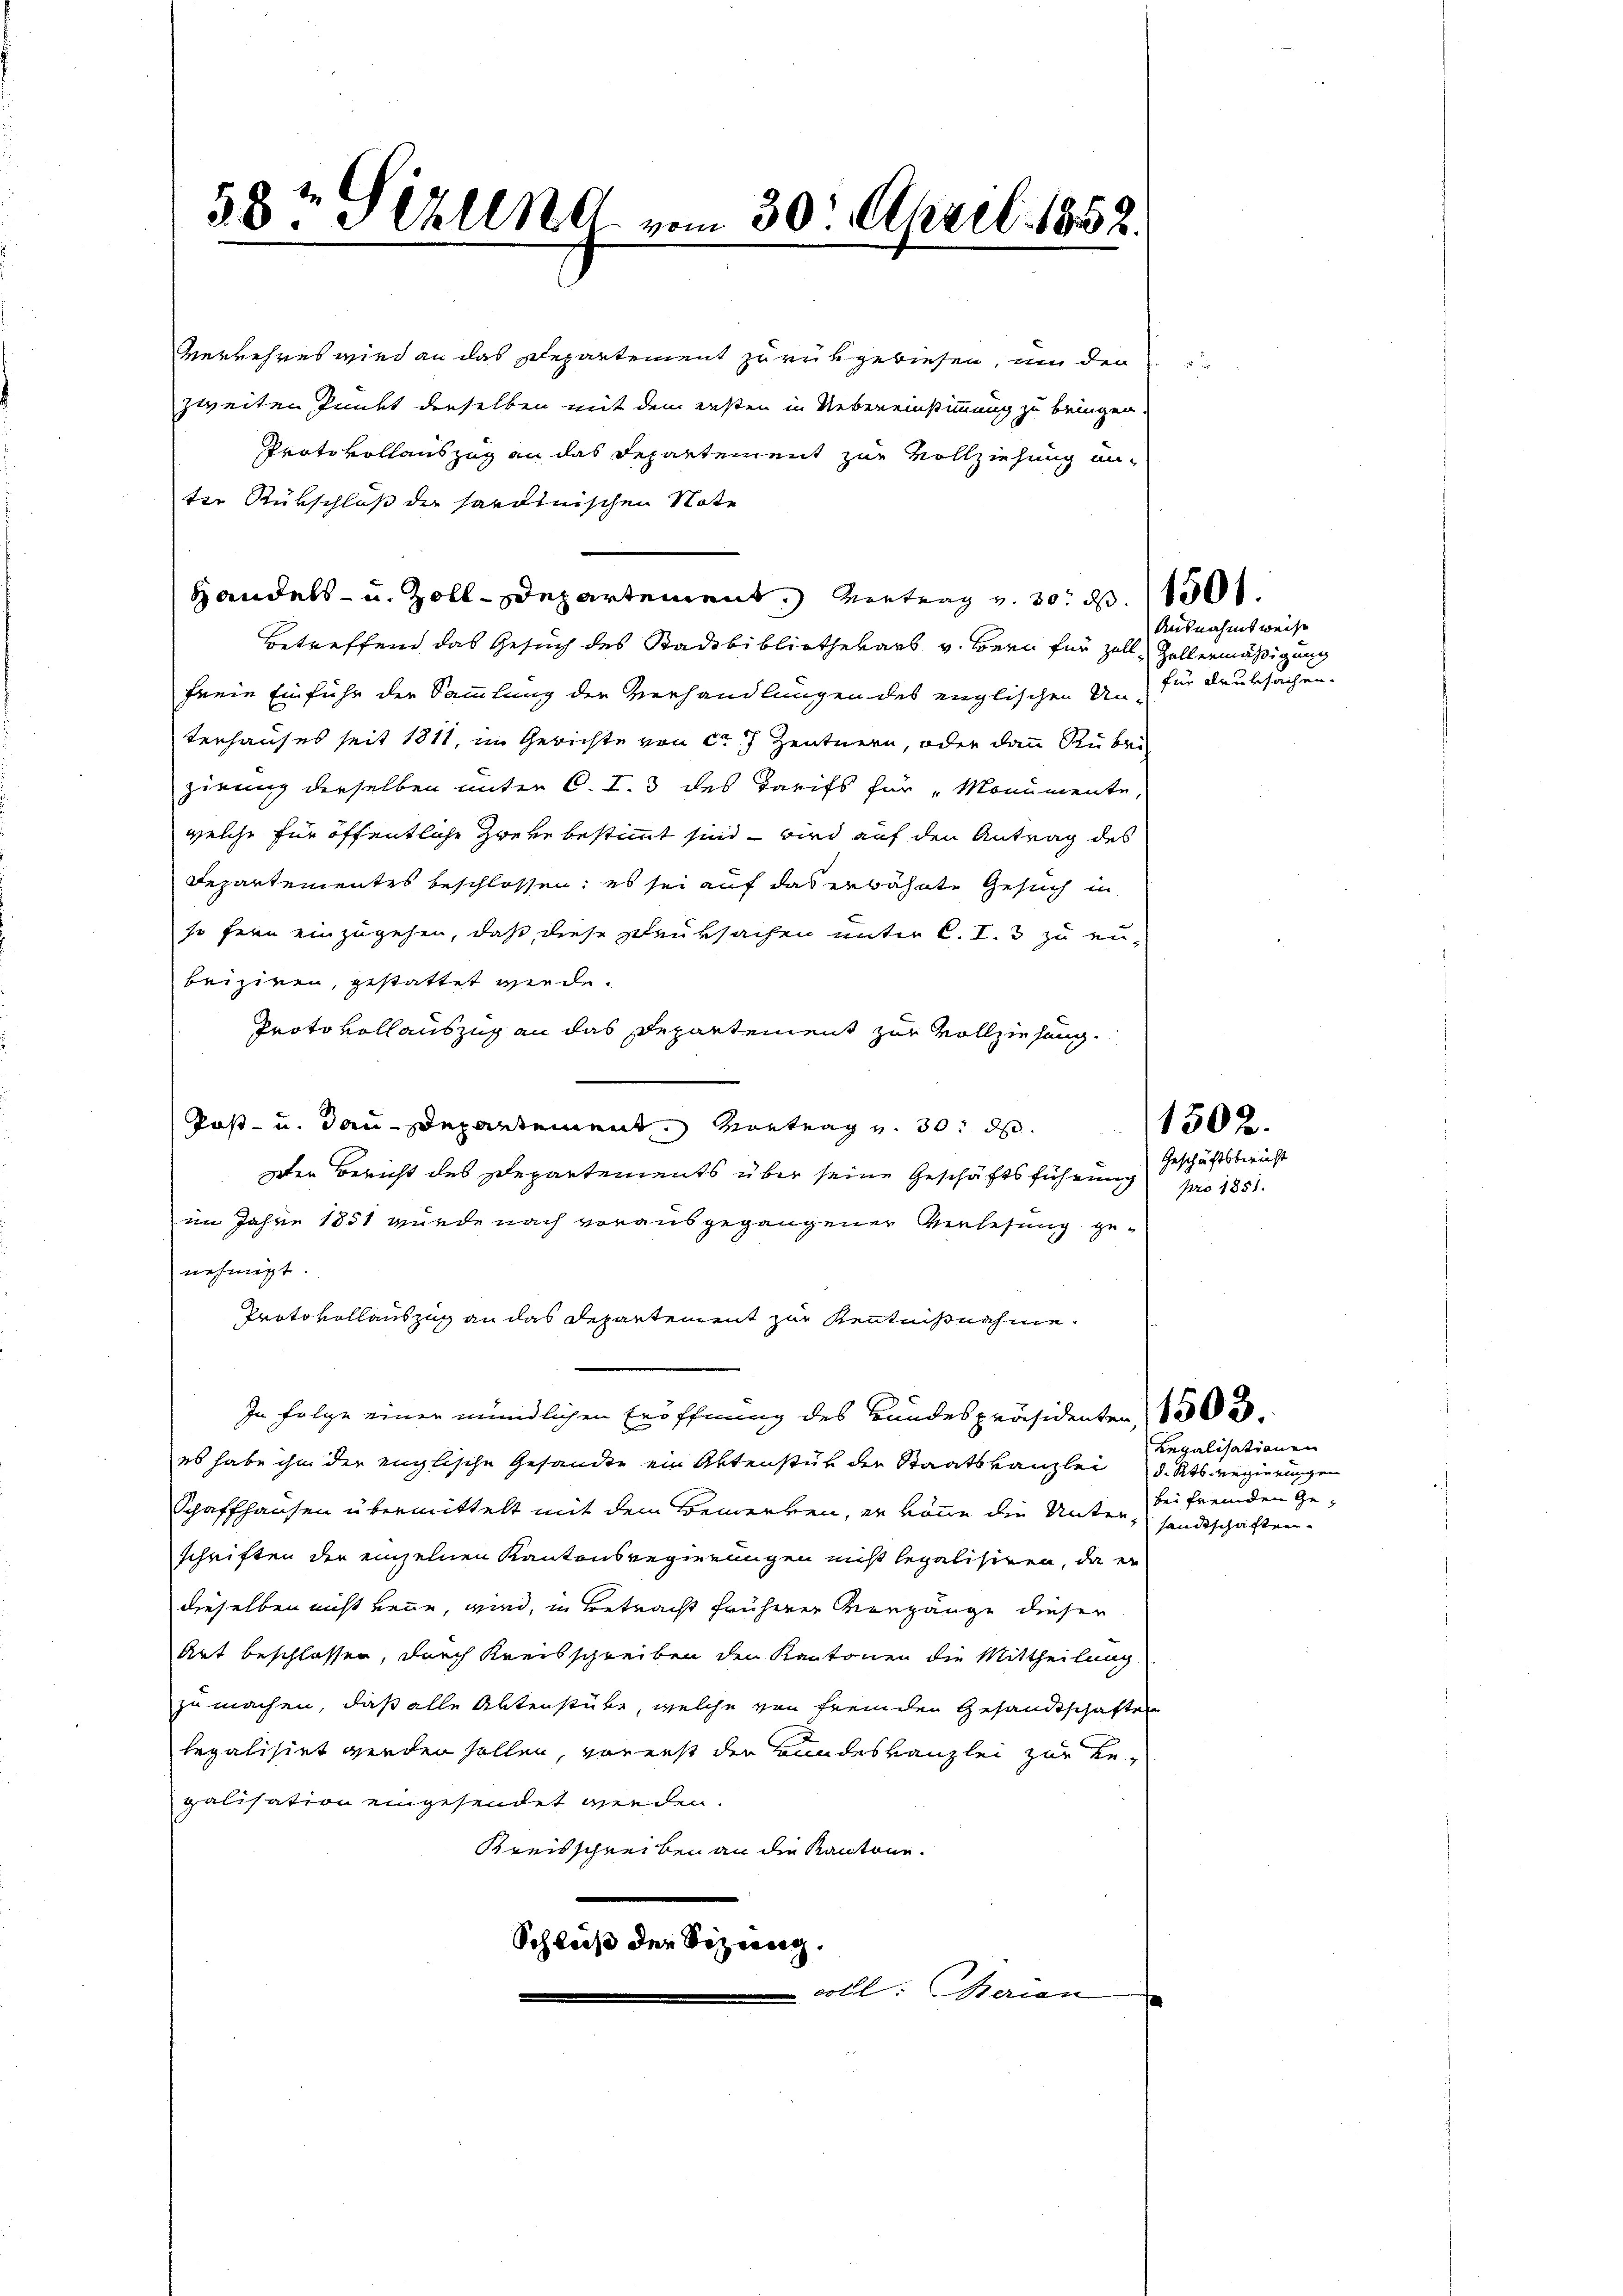
58t Sihlen vom 30. April 1852.

Verkehres wird an das Departement zurükgewiesen, um der
zweiten Punkt derselben mit dem ersten in Uebereinstimmung zu bringen
Protokollauszug an das Departement zur Vollziehung anter Rückschluß der sardinischen Note
Handels- u. Zoll-Departement, eintrag v. 30. d. 1301.
Betreffend das Gesuch des Stadtbibliothekars v. Bern für Zoll Hallermäßigung
freie Einführ der Sammlung der Verhandlungen des englischen Un-
terhauses seit 1811, im Gerichte von ca 7 Zentnern, oder dann Rubri
zirung derselben unter C. I. 3 des Tarifs für „Monumente,
welche für öffentliche Zweke bestimmt sind – wird auf den Antrag des
Departementes beschlossen; es sei auf das erwähnte Gesuch in
so fern einzugehen, daß diese Zeuksachen unter C. S. 3 zu eibriziren, gestattet werde.
Proto vollauszug an das Departement zur Vollziehung.
Post- u. dann Departement. Vortrag v. 30. ds.
Der Bericht des Departements über seine Geschäftsführung
im Jahre 1851 wurde nach vorausgegangener Verlesung genehmigt.
Protokollauszug an das Departement zur Kenntnißnahme.
In Folge einer mündlichen Eröffnung des Bundespräsidenten 1303.
es habe ihm der englische Gesandte ein Aktenstük der Staatskanzlei
Schaffhausen übermittelt mit dem Bemerken, er könne die Unter, sandtschaften-
schriften der einzelnen Kantonsregierungen nicht legalisiren, da er
dieselben nicht kenne, wird, in Betracht früherer Vorgänge dieser
Art beschlossen, durch Kreisschreiben den Kantonen die Mittheilung.
zu machen, daß alle Aktenstube, welche von fremden Gesandtschaften
legalisirt werden sollen, vorerst der Bundeskanzlei zur Be-
galisation eingesendet werden.
Kreisschreiben an die Kantone.
Schluß der Sizung.
coll: Marian

Geschäftsbericht
pro 1851.

z

Ausnahmsweise
für Druksachen.

150 x

Regalisationen
d. Kts. Regierungen
bei fremden Ge¬